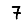
Digit: 7